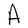
Character: A